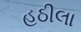
હઠીલા